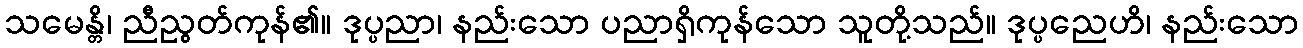
သမေန္တိ၊ ညီညွတ်ကုန်၏။ ဒုပ္ပညာ၊ နည်းသော ပညာရှိကုန်သော သူတို့သည်။ ဒုပ္ပညေဟိ၊ နည်းသော